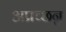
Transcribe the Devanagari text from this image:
अप्रच्छन्न